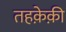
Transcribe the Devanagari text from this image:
तहक़ेक़ी